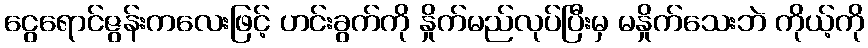
ငွေရောင်ဇွန်းကလေးဖြင့် ဟင်းခွက်ကို နှိုက်မည်လုပ်ပြီးမှ မနှိုက်သေးဘဲ ကိုယ့်ကို